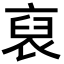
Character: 裒